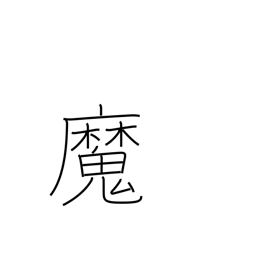
Meaning: witch